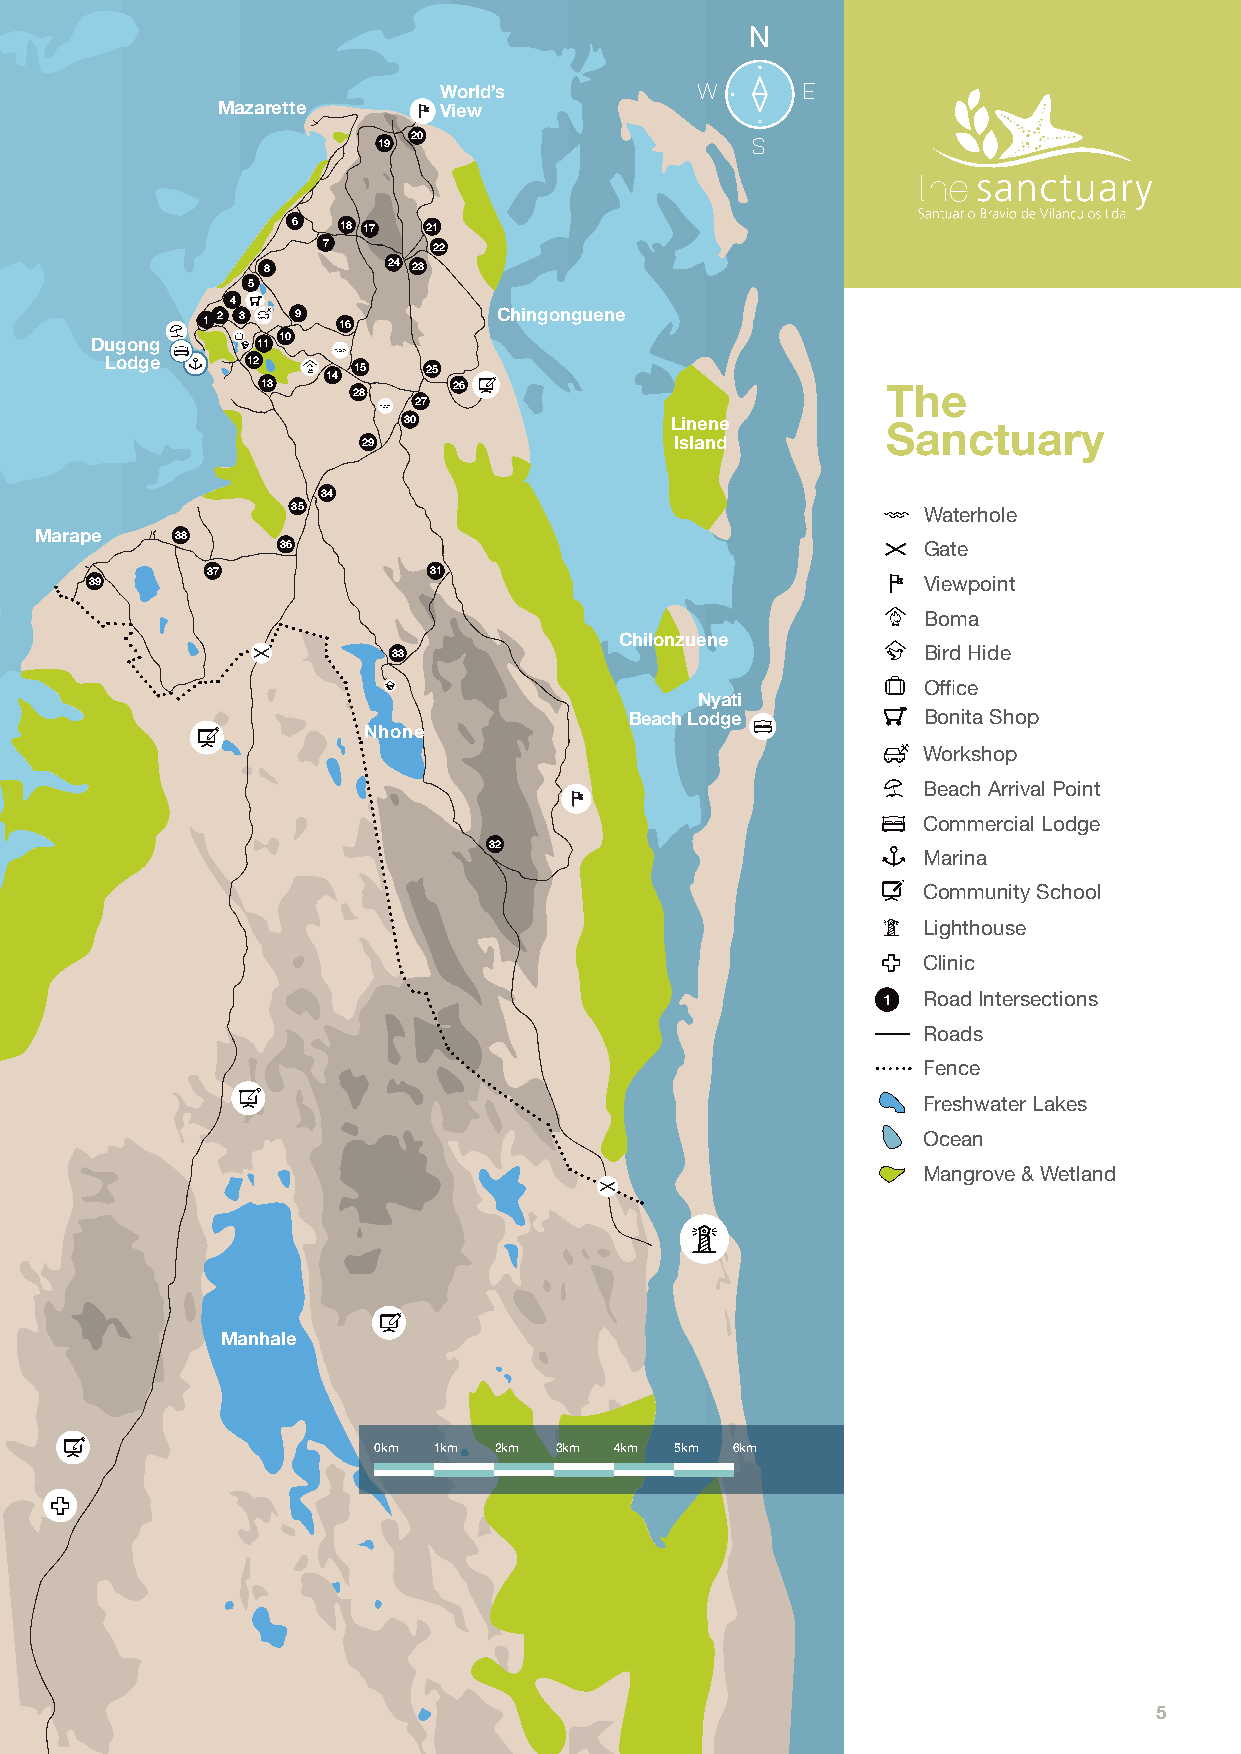
N
 World’s          W      E
 Mazarette      View
 19 20                    S
 6   18 17 21
 7       22
 8        24 23
 5
 4
 1 2 3  9 16         Chingonguene
 Dugong     11 10
 Lodge    12
 15   25
 14
 13    28     26                           The
 27
 30               Linene         Sanctuary
 29                   Island
 34
 35                                        Waterhole
 Marape    38
 36                                        Gate
 37            31
 39                                                     Viewpoint
 Boma
 Chilonzuene
 33                                 Bird Hide
 Office
 Nyati
 Beach Lodge        Bonita Shop
 Nhone
 Workshop
 Beach Arrival Point
 Commercial Lodge
 32
 Marina
 Community School
 Lighthouse
 Clinic
 1  Road Intersections
 Roads
 Fence
 Freshwater Lakes
 Ocean
 Mangrove & Wetland
 Manhale
 0km 1km 2km 3km 4km 5km 6km
 5